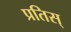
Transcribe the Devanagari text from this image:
प्रतिस्